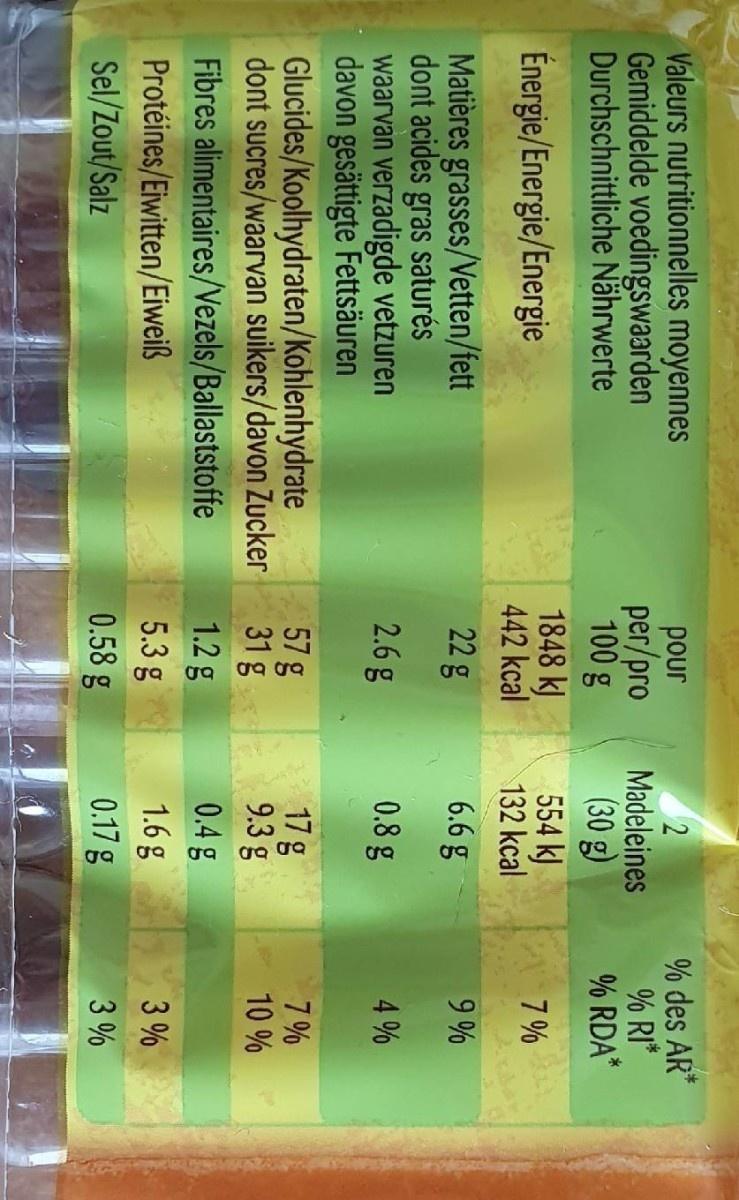
Valeurs nutritionnelles moyennes Gemiddelde voedingswaarden Durchschnittliche Nährwerte
Energie/Energie/Energie
atières grasses/Vetten/fett dont acides gras saturés waarvan verzadigde vetzuren davon gesättigte Fettsäuren
Glucides/Koolhydraten/Kohlenhydrate dont sucres/waarvan suikers/davon Zucker
Fibres alimentaires/Vezels/Ballaststoffe
Protéines/Eiwitten/Eiweiß
Sel/Zout/Salz
pour
per/pro 100 g
1848 kJ
442 kcal
22 g
2.6 g
57 g
31 g
1.2 g
5.3 g
0.58 g
2 Madeleines
(30 g)
554 kJ
132 kcal
6.6 g
0.8 g
17 g
9.3 g
0.4 g
1.6 g
0.17 g
% des AR*
% RI*
% RDA*
7%
9%
4%
7%
10%
3%
3%